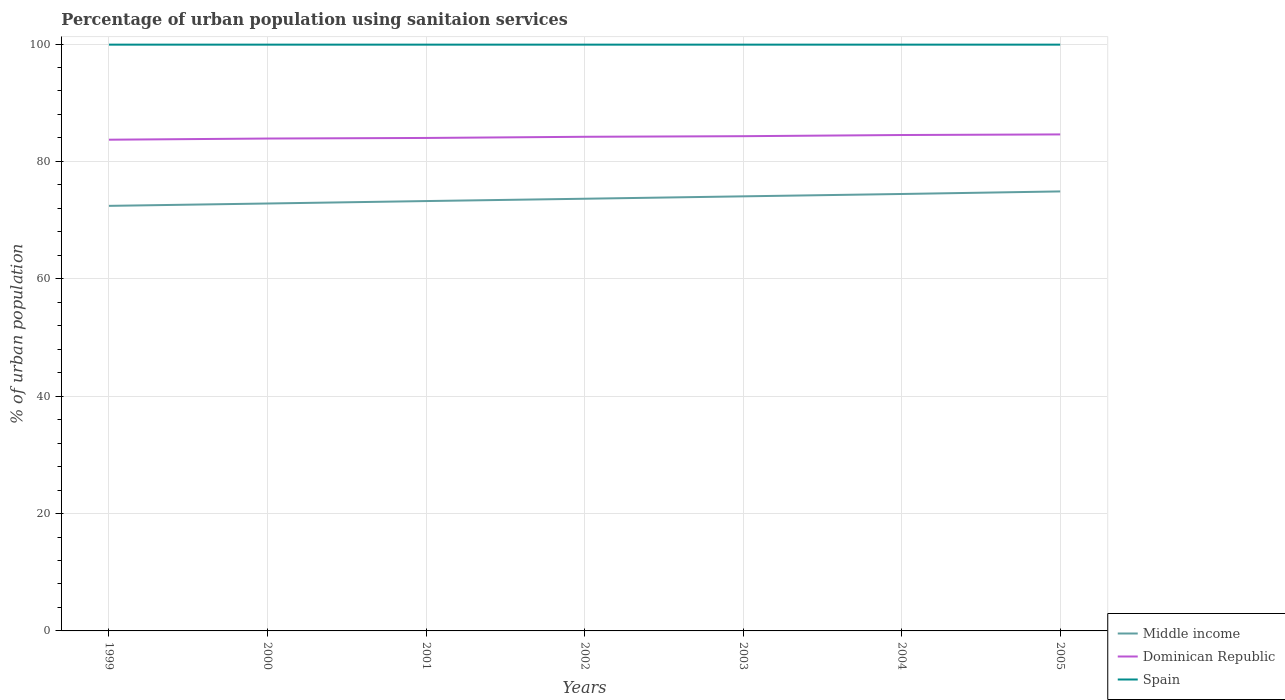
| Years | Middle income | Dominican Republic | Spain |
 | --- | --- | --- | --- |
 | 1999 | 72.4 | 83.7 | 99.9 |
 | 2000 | 72.8 | 83.9 | 99.9 |
 | 2001 | 73.2 | 84 | 99.9 |
 | 2002 | 73.6 | 84.2 | 99.9 |
 | 2003 | 74.1 | 84.3 | 99.9 |
 | 2004 | 74.5 | 84.5 | 99.9 |
 | 2005 | 74.9 | 84.6 | 99.9 |